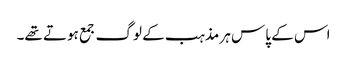
اس کے پاس ہر مذہب کے لوگ جمع ہوتے تھے۔